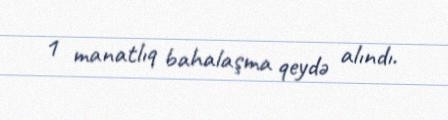
1 manatlıq bahalaşma qeydə alındı.